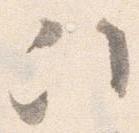
次